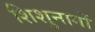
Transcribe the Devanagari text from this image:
शिशुनागों